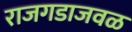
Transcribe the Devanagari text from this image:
राजगडाजवळ